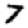
Digit: 7